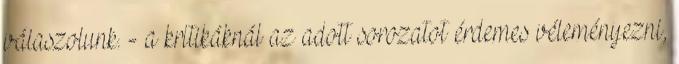
válaszolunk. - a kritikáknál az adott sorozatot érdemes véleményezni,